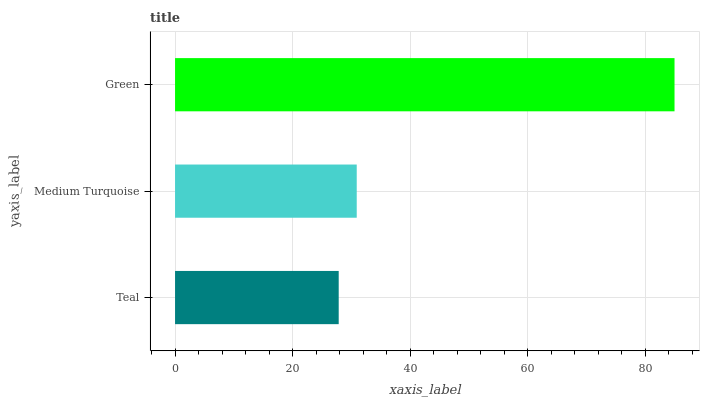
| yaxis_label | bars |
 | --- | --- |
 | Teal | 27.8 |
 | Medium Turquoise | 30.9 |
 | Green | 85 |